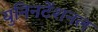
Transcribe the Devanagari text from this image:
युनिनटेंशनल